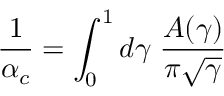
{ \frac { 1 } { \alpha _ { c } } } = \int _ { 0 } ^ { 1 } d \gamma \; { \frac { A ( \gamma ) } { \pi \sqrt \gamma } }